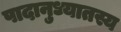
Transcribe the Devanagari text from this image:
पादानुध्यातस्य